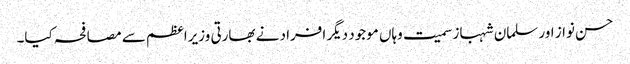
حسن نواز اور سلمان شہباز سمیت وہاں موجود دیگر افراد نے بھارتی وزیراعظم سے مصافحہ کیا۔